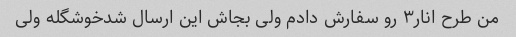
من طرح انار۳ رو سفارش دادم ولی بجاش این ارسال شدخوشگله ولی